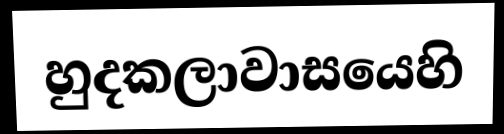
හුදකලාවාසයෙහි